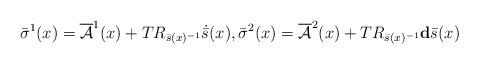
LaTeX: \begin{align*}\bar\sigma^1(x)=\overline{\mathcal{A}}^1(x)+TR_{\bar{s}(x)^{-1}}\dot{\bar{s}}(x),\bar\sigma^2(x)=\overline{\mathcal{A}}^2(x)+TR_{\bar{s}(x)^{-1}}\mathbf{d}\bar{s}(x)\end{align*}